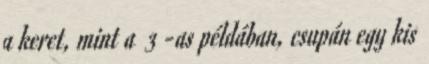
a keret, mint a 3 -as példában, csupán egy kis